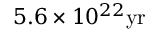
5 . 6 \times 1 0 ^ { 2 2 } \mathrm { y r }